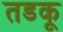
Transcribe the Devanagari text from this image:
तडकू